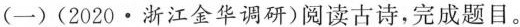
(一)(2020·浙江金华调研)阅读古诗，完成题目。